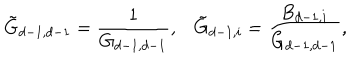
\tilde { G } _ { d - 1 , d - 1 } = \frac { 1 } { G _ { d - 1 , d - 1 } } , \tilde { G } _ { d - 1 , i } = \frac { B _ { d - 1 , i } } { G _ { d - 1 , d - 1 } } ,